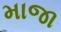
માજા